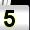
Digit: 5